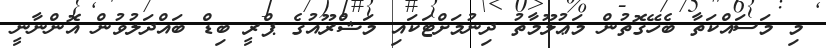
މި މަސައްކަތާ ބެހޭގޮތުން މަޢުލޫމާތު ދިނުމަށްޓަކައި މަޝްރޫއުގެ ޕްރީ ބިޑް ބައްދަލުވުން އޮންނާނީ